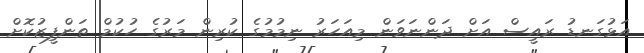
އަޅުގަނޑު ރައީސް އަށް ދަންނަވަން މިއަހަރު ނިމުމުގެ ކުރިން މަރުގެ ހުކުމް ތަންފީޒުކޮށް